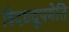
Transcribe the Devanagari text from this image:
विदधद्रूपमेति